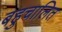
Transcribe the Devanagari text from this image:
बहुचालित